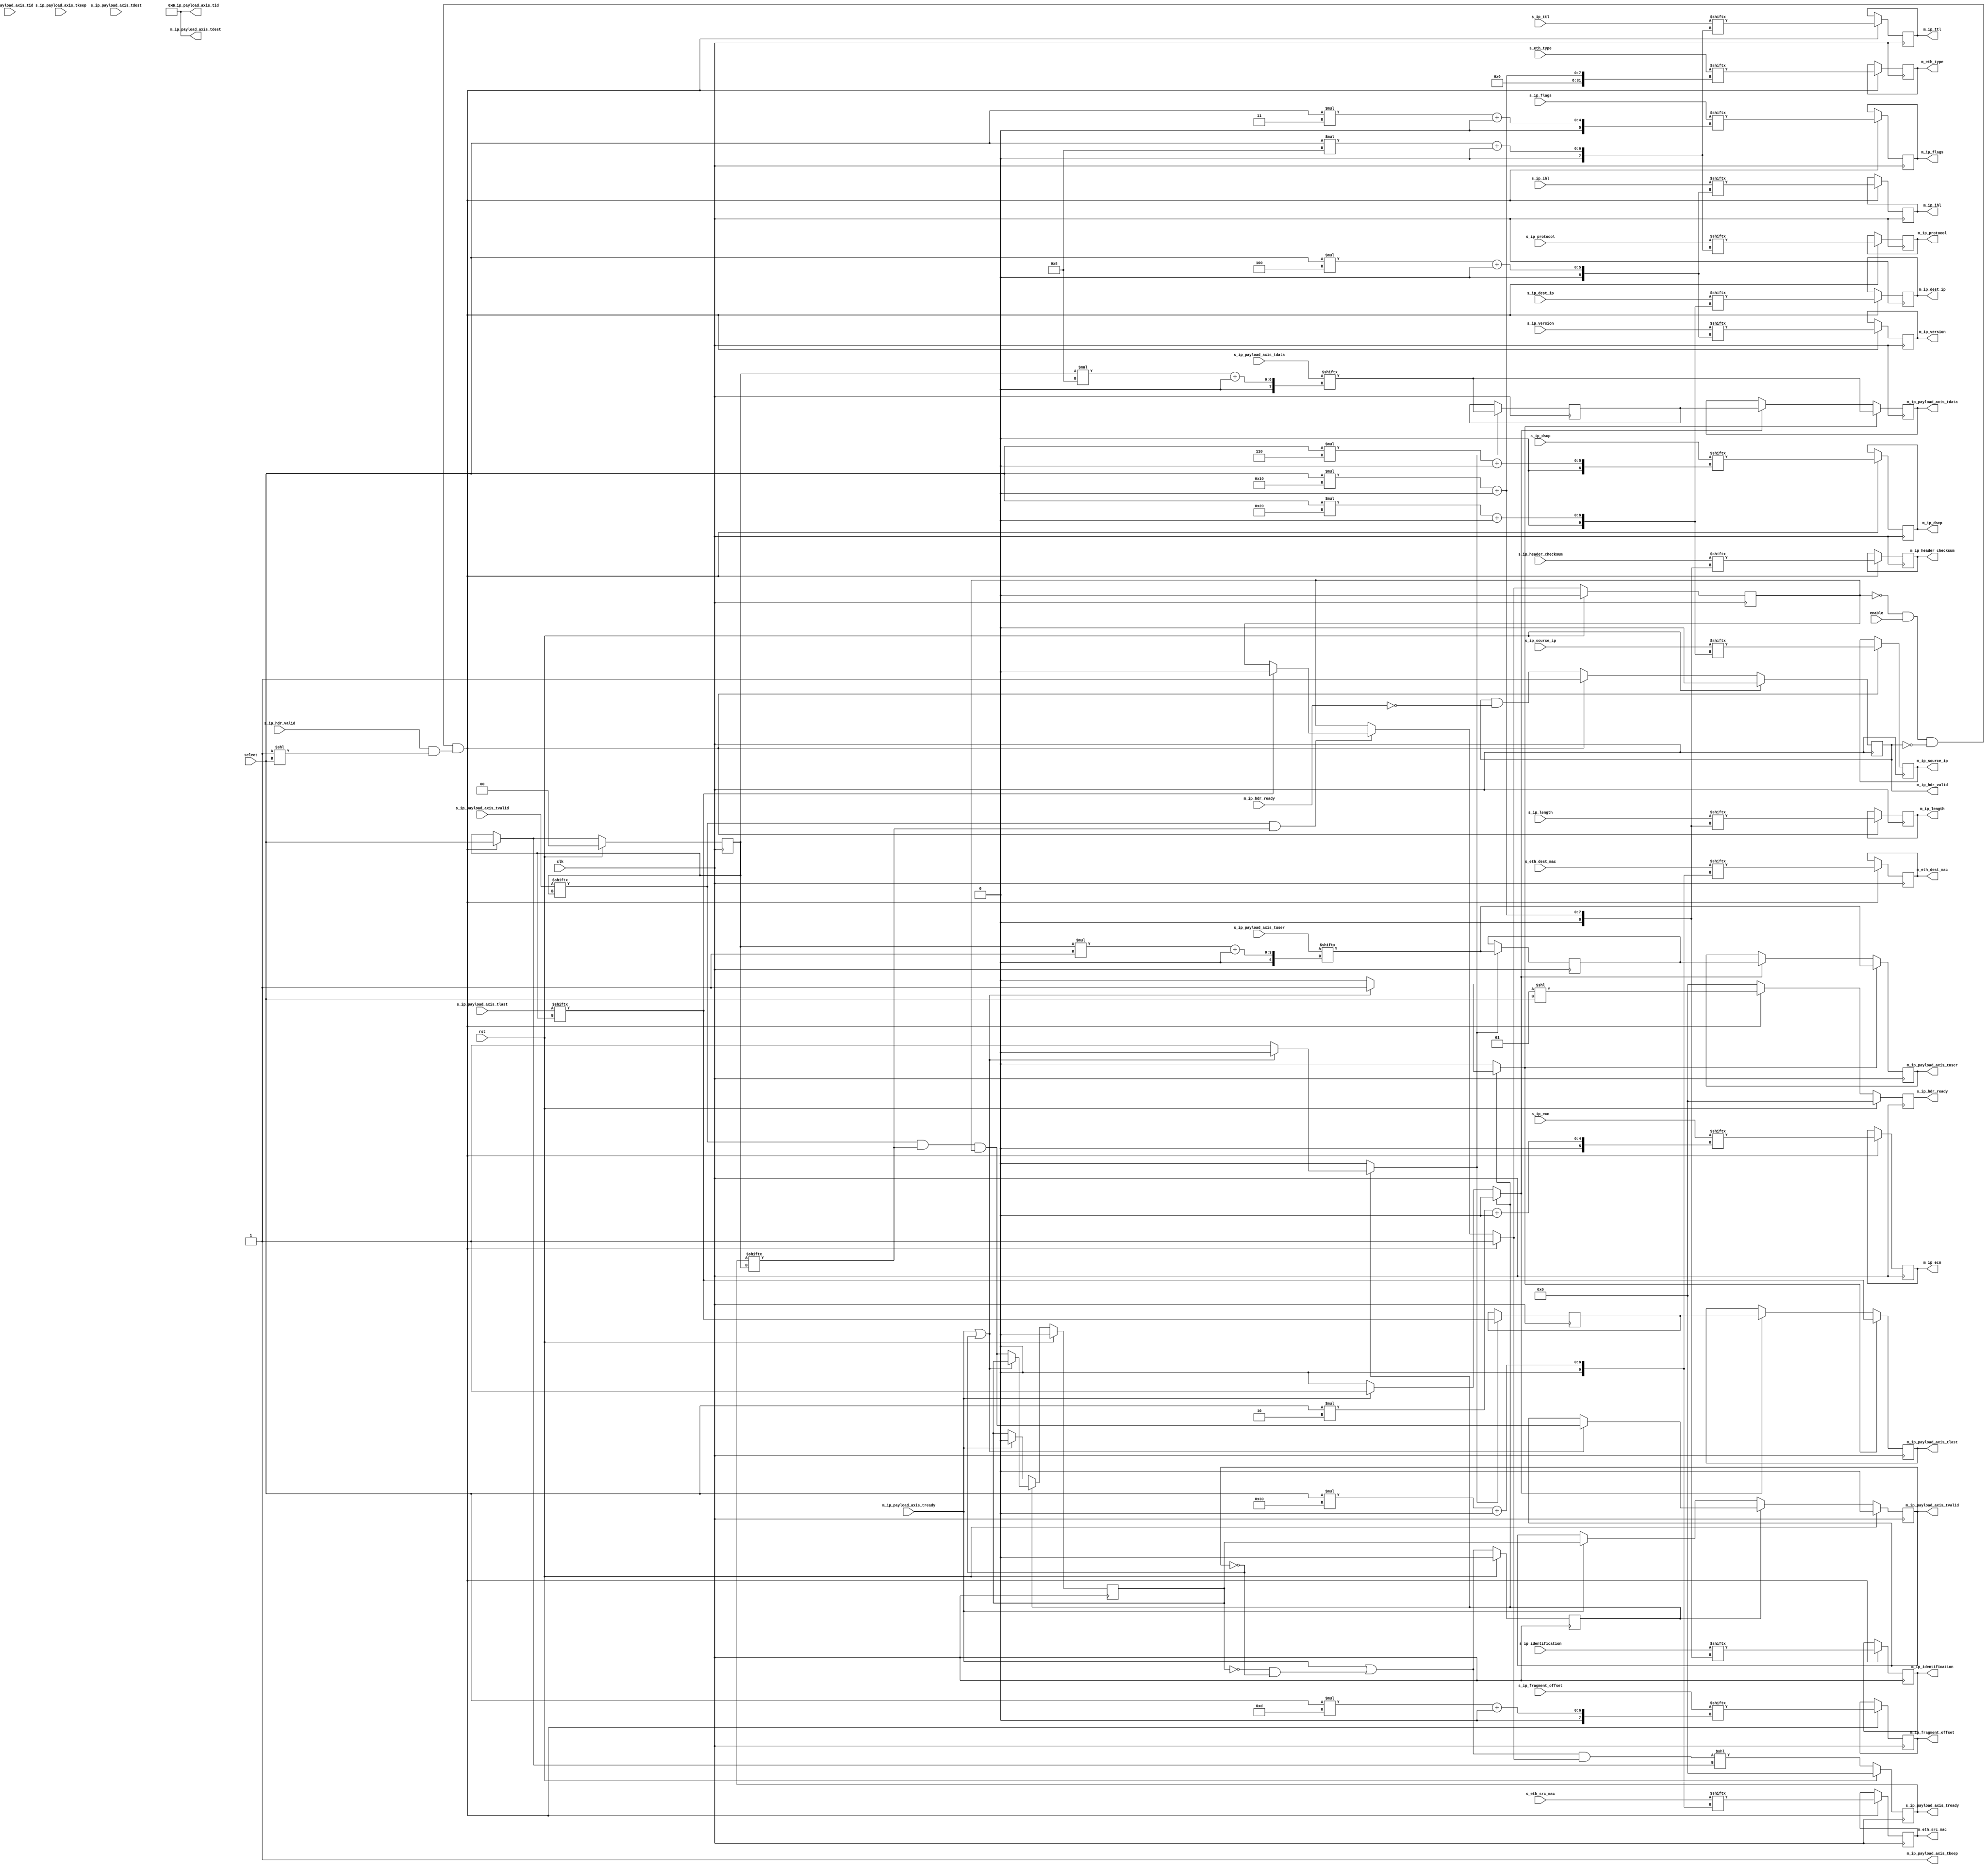
/*

Copyright (c) 2014-2018 Alex Forencich

Permission is hereby granted, free of charge, to any person obtaining a copy
of this software and associated documentation files (the "Software"), to deal
in the Software without restriction, including without limitation the rights
to use, copy, modify, merge, publish, distribute, sublicense, and/or sell
copies of the Software, and to permit persons to whom the Software is
furnished to do so, subject to the following conditions:

The above copyright notice and this permission notice shall be included in
all copies or substantial portions of the Software.

THE SOFTWARE IS PROVIDED "AS IS", WITHOUT WARRANTY OF ANY KIND, EXPRESS OR
IMPLIED, INCLUDING BUT NOT LIMITED TO THE WARRANTIES OF MERCHANTABILITY
FITNESS FOR A PARTICULAR PURPOSE AND NONINFRINGEMENT. IN NO EVENT SHALL THE
AUTHORS OR COPYRIGHT HOLDERS BE LIABLE FOR ANY CLAIM, DAMAGES OR OTHER
LIABILITY, WHETHER IN AN ACTION OF CONTRACT, TORT OR OTHERWISE, ARISING FROM,
OUT OF OR IN CONNECTION WITH THE SOFTWARE OR THE USE OR OTHER DEALINGS IN
THE SOFTWARE.

*/

// Language: Verilog 2001

`resetall
`timescale 1ns / 1ps
`default_nettype none

/*
 * IP multiplexer
 */
module ip_mux #
(
    parameter S_COUNT = 4,
    parameter DATA_WIDTH = 8,
    parameter KEEP_ENABLE = (DATA_WIDTH>8),
    parameter KEEP_WIDTH = (DATA_WIDTH/8),
    parameter ID_ENABLE = 0,
    parameter ID_WIDTH = 8,
    parameter DEST_ENABLE = 0,
    parameter DEST_WIDTH = 8,
    parameter USER_ENABLE = 1,
    parameter USER_WIDTH = 1
)
(
    input  wire                          clk,
    input  wire                          rst,

    /*
     * IP frame inputs
     */
    input  wire [S_COUNT-1:0]            s_ip_hdr_valid,
    output wire [S_COUNT-1:0]            s_ip_hdr_ready,
    input  wire [S_COUNT*48-1:0]         s_eth_dest_mac,
    input  wire [S_COUNT*48-1:0]         s_eth_src_mac,
    input  wire [S_COUNT*16-1:0]         s_eth_type,
    input  wire [S_COUNT*4-1:0]          s_ip_version,
    input  wire [S_COUNT*4-1:0]          s_ip_ihl,
    input  wire [S_COUNT*6-1:0]          s_ip_dscp,
    input  wire [S_COUNT*2-1:0]          s_ip_ecn,
    input  wire [S_COUNT*16-1:0]         s_ip_length,
    input  wire [S_COUNT*16-1:0]         s_ip_identification,
    input  wire [S_COUNT*3-1:0]          s_ip_flags,
    input  wire [S_COUNT*13-1:0]         s_ip_fragment_offset,
    input  wire [S_COUNT*8-1:0]          s_ip_ttl,
    input  wire [S_COUNT*8-1:0]          s_ip_protocol,
    input  wire [S_COUNT*16-1:0]         s_ip_header_checksum,
    input  wire [S_COUNT*32-1:0]         s_ip_source_ip,
    input  wire [S_COUNT*32-1:0]         s_ip_dest_ip,
    input  wire [S_COUNT*DATA_WIDTH-1:0] s_ip_payload_axis_tdata,
    input  wire [S_COUNT*KEEP_WIDTH-1:0] s_ip_payload_axis_tkeep,
    input  wire [S_COUNT-1:0]            s_ip_payload_axis_tvalid,
    output wire [S_COUNT-1:0]            s_ip_payload_axis_tready,
    input  wire [S_COUNT-1:0]            s_ip_payload_axis_tlast,
    input  wire [S_COUNT*ID_WIDTH-1:0]   s_ip_payload_axis_tid,
    input  wire [S_COUNT*DEST_WIDTH-1:0] s_ip_payload_axis_tdest,
    input  wire [S_COUNT*USER_WIDTH-1:0] s_ip_payload_axis_tuser,

    /*
     * IP frame output
     */
    output wire                          m_ip_hdr_valid,
    input  wire                          m_ip_hdr_ready,
    output wire [47:0]                   m_eth_dest_mac,
    output wire [47:0]                   m_eth_src_mac,
    output wire [15:0]                   m_eth_type,
    output wire [3:0]                    m_ip_version,
    output wire [3:0]                    m_ip_ihl,
    output wire [5:0]                    m_ip_dscp,
    output wire [1:0]                    m_ip_ecn,
    output wire [15:0]                   m_ip_length,
    output wire [15:0]                   m_ip_identification,
    output wire [2:0]                    m_ip_flags,
    output wire [12:0]                   m_ip_fragment_offset,
    output wire [7:0]                    m_ip_ttl,
    output wire [7:0]                    m_ip_protocol,
    output wire [15:0]                   m_ip_header_checksum,
    output wire [31:0]                   m_ip_source_ip,
    output wire [31:0]                   m_ip_dest_ip,
    output wire [DATA_WIDTH-1:0]         m_ip_payload_axis_tdata,
    output wire [KEEP_WIDTH-1:0]         m_ip_payload_axis_tkeep,
    output wire                          m_ip_payload_axis_tvalid,
    input  wire                          m_ip_payload_axis_tready,
    output wire                          m_ip_payload_axis_tlast,
    output wire [ID_WIDTH-1:0]           m_ip_payload_axis_tid,
    output wire [DEST_WIDTH-1:0]         m_ip_payload_axis_tdest,
    output wire [USER_WIDTH-1:0]         m_ip_payload_axis_tuser,

    /*
     * Control
     */
    input  wire                          enable,
    input  wire [$clog2(S_COUNT)-1:0]    select
);

parameter CL_S_COUNT = $clog2(S_COUNT);

reg [CL_S_COUNT-1:0] select_reg = 2'd0, select_next;
reg frame_reg = 1'b0, frame_next;

reg [S_COUNT-1:0] s_ip_hdr_ready_reg = 0, s_ip_hdr_ready_next;

reg [S_COUNT-1:0] s_ip_payload_axis_tready_reg = 0, s_ip_payload_axis_tready_next;

reg m_ip_hdr_valid_reg = 1'b0, m_ip_hdr_valid_next;
reg [47:0] m_eth_dest_mac_reg = 48'd0, m_eth_dest_mac_next;
reg [47:0] m_eth_src_mac_reg = 48'd0, m_eth_src_mac_next;
reg [15:0] m_eth_type_reg = 16'd0, m_eth_type_next;
reg [3:0]  m_ip_version_reg = 4'd0, m_ip_version_next;
reg [3:0]  m_ip_ihl_reg = 4'd0, m_ip_ihl_next;
reg [5:0]  m_ip_dscp_reg = 6'd0, m_ip_dscp_next;
reg [1:0]  m_ip_ecn_reg = 2'd0, m_ip_ecn_next;
reg [15:0] m_ip_length_reg = 16'd0, m_ip_length_next;
reg [15:0] m_ip_identification_reg = 16'd0, m_ip_identification_next;
reg [2:0]  m_ip_flags_reg = 3'd0, m_ip_flags_next;
reg [12:0] m_ip_fragment_offset_reg = 13'd0, m_ip_fragment_offset_next;
reg [7:0]  m_ip_ttl_reg = 8'd0, m_ip_ttl_next;
reg [7:0]  m_ip_protocol_reg = 8'd0, m_ip_protocol_next;
reg [15:0] m_ip_header_checksum_reg = 16'd0, m_ip_header_checksum_next;
reg [31:0] m_ip_source_ip_reg = 32'd0, m_ip_source_ip_next;
reg [31:0] m_ip_dest_ip_reg = 32'd0, m_ip_dest_ip_next;

// internal datapath
reg  [DATA_WIDTH-1:0] m_ip_payload_axis_tdata_int;
reg  [KEEP_WIDTH-1:0] m_ip_payload_axis_tkeep_int;
reg                   m_ip_payload_axis_tvalid_int;
reg                   m_ip_payload_axis_tready_int_reg = 1'b0;
reg                   m_ip_payload_axis_tlast_int;
reg  [ID_WIDTH-1:0]   m_ip_payload_axis_tid_int;
reg  [DEST_WIDTH-1:0] m_ip_payload_axis_tdest_int;
reg  [USER_WIDTH-1:0] m_ip_payload_axis_tuser_int;
wire                  m_ip_payload_axis_tready_int_early;

assign s_ip_hdr_ready = s_ip_hdr_ready_reg;

assign s_ip_payload_axis_tready = s_ip_payload_axis_tready_reg;

assign m_ip_hdr_valid = m_ip_hdr_valid_reg;
assign m_eth_dest_mac = m_eth_dest_mac_reg;
assign m_eth_src_mac = m_eth_src_mac_reg;
assign m_eth_type = m_eth_type_reg;
assign m_ip_version = m_ip_version_reg;
assign m_ip_ihl = m_ip_ihl_reg;
assign m_ip_dscp = m_ip_dscp_reg;
assign m_ip_ecn = m_ip_ecn_reg;
assign m_ip_length = m_ip_length_reg;
assign m_ip_identification = m_ip_identification_reg;
assign m_ip_flags = m_ip_flags_reg;
assign m_ip_fragment_offset = m_ip_fragment_offset_reg;
assign m_ip_ttl = m_ip_ttl_reg;
assign m_ip_protocol = m_ip_protocol_reg;
assign m_ip_header_checksum = m_ip_header_checksum_reg;
assign m_ip_source_ip = m_ip_source_ip_reg;
assign m_ip_dest_ip = m_ip_dest_ip_reg;

// mux for incoming packet
wire [DATA_WIDTH-1:0] current_s_tdata  = s_ip_payload_axis_tdata[select_reg*DATA_WIDTH +: DATA_WIDTH];
wire [KEEP_WIDTH-1:0] current_s_tkeep  = s_ip_payload_axis_tkeep[select_reg*KEEP_WIDTH +: KEEP_WIDTH];
wire                  current_s_tvalid = s_ip_payload_axis_tvalid[select_reg];
wire                  current_s_tready = s_ip_payload_axis_tready[select_reg];
wire                  current_s_tlast  = s_ip_payload_axis_tlast[select_reg];
wire [ID_WIDTH-1:0]   current_s_tid    = s_ip_payload_axis_tid[select_reg*ID_WIDTH +: ID_WIDTH];
wire [DEST_WIDTH-1:0] current_s_tdest  = s_ip_payload_axis_tdest[select_reg*DEST_WIDTH +: DEST_WIDTH];
wire [USER_WIDTH-1:0] current_s_tuser  = s_ip_payload_axis_tuser[select_reg*USER_WIDTH +: USER_WIDTH];

always @* begin
    select_next = select_reg;
    frame_next = frame_reg;

    s_ip_hdr_ready_next = 0;

    s_ip_payload_axis_tready_next = 0;

    m_ip_hdr_valid_next = m_ip_hdr_valid_reg && !m_ip_hdr_ready;
    m_eth_dest_mac_next = m_eth_dest_mac_reg;
    m_eth_src_mac_next = m_eth_src_mac_reg;
    m_eth_type_next = m_eth_type_reg;
    m_ip_version_next = m_ip_version_reg;
    m_ip_ihl_next = m_ip_ihl_reg;
    m_ip_dscp_next = m_ip_dscp_reg;
    m_ip_ecn_next = m_ip_ecn_reg;
    m_ip_length_next = m_ip_length_reg;
    m_ip_identification_next = m_ip_identification_reg;
    m_ip_flags_next = m_ip_flags_reg;
    m_ip_fragment_offset_next = m_ip_fragment_offset_reg;
    m_ip_ttl_next = m_ip_ttl_reg;
    m_ip_protocol_next = m_ip_protocol_reg;
    m_ip_header_checksum_next = m_ip_header_checksum_reg;
    m_ip_source_ip_next = m_ip_source_ip_reg;
    m_ip_dest_ip_next = m_ip_dest_ip_reg;

    if (current_s_tvalid & current_s_tready) begin
        // end of frame detection
        if (current_s_tlast) begin
            frame_next = 1'b0;
        end
    end

    if (!frame_reg && enable && !m_ip_hdr_valid && (s_ip_hdr_valid & (1 << select))) begin
        // start of frame, grab select value
        frame_next = 1'b1;
        select_next = select;

        s_ip_hdr_ready_next = (1 << select);

        m_ip_hdr_valid_next = 1'b1;
        m_eth_dest_mac_next = s_eth_dest_mac[select*48 +: 48];
        m_eth_src_mac_next = s_eth_src_mac[select*48 +: 48];
        m_eth_type_next = s_eth_type[select*16 +: 16];
        m_ip_version_next = s_ip_version[select*4 +: 4];
        m_ip_ihl_next = s_ip_ihl[select*4 +: 4];
        m_ip_dscp_next = s_ip_dscp[select*6 +: 6];
        m_ip_ecn_next = s_ip_ecn[select*2 +: 2];
        m_ip_length_next = s_ip_length[select*16 +: 16];
        m_ip_identification_next = s_ip_identification[select*16 +: 16];
        m_ip_flags_next = s_ip_flags[select*3 +: 3];
        m_ip_fragment_offset_next = s_ip_fragment_offset[select*13 +: 13];
        m_ip_ttl_next = s_ip_ttl[select*8 +: 8];
        m_ip_protocol_next = s_ip_protocol[select*8 +: 8];
        m_ip_header_checksum_next = s_ip_header_checksum[select*16 +: 16];
        m_ip_source_ip_next = s_ip_source_ip[select*32 +: 32];
        m_ip_dest_ip_next = s_ip_dest_ip[select*32 +: 32];
    end

    // generate ready signal on selected port
    s_ip_payload_axis_tready_next = (m_ip_payload_axis_tready_int_early && frame_next) << select_next;

    // pass through selected packet data
    m_ip_payload_axis_tdata_int  = current_s_tdata;
    m_ip_payload_axis_tkeep_int  = current_s_tkeep;
    m_ip_payload_axis_tvalid_int = current_s_tvalid && current_s_tready && frame_reg;
    m_ip_payload_axis_tlast_int  = current_s_tlast;
    m_ip_payload_axis_tid_int    = current_s_tid;
    m_ip_payload_axis_tdest_int  = current_s_tdest;
    m_ip_payload_axis_tuser_int  = current_s_tuser;
end

always @(posedge clk) begin
    if (rst) begin
        select_reg <= 0;
        frame_reg <= 1'b0;
        s_ip_hdr_ready_reg <= 0;
        s_ip_payload_axis_tready_reg <= 0;
        m_ip_hdr_valid_reg <= 1'b0;
    end else begin
        select_reg <= select_next;
        frame_reg <= frame_next;
        s_ip_hdr_ready_reg <= s_ip_hdr_ready_next;
        s_ip_payload_axis_tready_reg <= s_ip_payload_axis_tready_next;
        m_ip_hdr_valid_reg <= m_ip_hdr_valid_next;
    end

    m_eth_dest_mac_reg <= m_eth_dest_mac_next;
    m_eth_src_mac_reg <= m_eth_src_mac_next;
    m_eth_type_reg <= m_eth_type_next;
    m_ip_version_reg <= m_ip_version_next;
    m_ip_ihl_reg <= m_ip_ihl_next;
    m_ip_dscp_reg <= m_ip_dscp_next;
    m_ip_ecn_reg <= m_ip_ecn_next;
    m_ip_length_reg <= m_ip_length_next;
    m_ip_identification_reg <= m_ip_identification_next;
    m_ip_flags_reg <= m_ip_flags_next;
    m_ip_fragment_offset_reg <= m_ip_fragment_offset_next;
    m_ip_ttl_reg <= m_ip_ttl_next;
    m_ip_protocol_reg <= m_ip_protocol_next;
    m_ip_header_checksum_reg <= m_ip_header_checksum_next;
    m_ip_source_ip_reg <= m_ip_source_ip_next;
    m_ip_dest_ip_reg <= m_ip_dest_ip_next;
end

// output datapath logic
reg [DATA_WIDTH-1:0] m_ip_payload_axis_tdata_reg  = {DATA_WIDTH{1'b0}};
reg [KEEP_WIDTH-1:0] m_ip_payload_axis_tkeep_reg  = {KEEP_WIDTH{1'b0}};
reg                  m_ip_payload_axis_tvalid_reg = 1'b0, m_ip_payload_axis_tvalid_next;
reg                  m_ip_payload_axis_tlast_reg  = 1'b0;
reg [ID_WIDTH-1:0]   m_ip_payload_axis_tid_reg    = {ID_WIDTH{1'b0}};
reg [DEST_WIDTH-1:0] m_ip_payload_axis_tdest_reg  = {DEST_WIDTH{1'b0}};
reg [USER_WIDTH-1:0] m_ip_payload_axis_tuser_reg  = {USER_WIDTH{1'b0}};

reg [DATA_WIDTH-1:0] temp_m_ip_payload_axis_tdata_reg  = {DATA_WIDTH{1'b0}};
reg [KEEP_WIDTH-1:0] temp_m_ip_payload_axis_tkeep_reg  = {KEEP_WIDTH{1'b0}};
reg                  temp_m_ip_payload_axis_tvalid_reg = 1'b0, temp_m_ip_payload_axis_tvalid_next;
reg                  temp_m_ip_payload_axis_tlast_reg  = 1'b0;
reg [ID_WIDTH-1:0]   temp_m_ip_payload_axis_tid_reg    = {ID_WIDTH{1'b0}};
reg [DEST_WIDTH-1:0] temp_m_ip_payload_axis_tdest_reg  = {DEST_WIDTH{1'b0}};
reg [USER_WIDTH-1:0] temp_m_ip_payload_axis_tuser_reg  = {USER_WIDTH{1'b0}};

// datapath control
reg store_axis_int_to_output;
reg store_axis_int_to_temp;
reg store_axis_temp_to_output;

assign m_ip_payload_axis_tdata  = m_ip_payload_axis_tdata_reg;
assign m_ip_payload_axis_tkeep  = KEEP_ENABLE ? m_ip_payload_axis_tkeep_reg : {KEEP_WIDTH{1'b1}};
assign m_ip_payload_axis_tvalid = m_ip_payload_axis_tvalid_reg;
assign m_ip_payload_axis_tlast  = m_ip_payload_axis_tlast_reg;
assign m_ip_payload_axis_tid    = ID_ENABLE   ? m_ip_payload_axis_tid_reg   : {ID_WIDTH{1'b0}};
assign m_ip_payload_axis_tdest  = DEST_ENABLE ? m_ip_payload_axis_tdest_reg : {DEST_WIDTH{1'b0}};
assign m_ip_payload_axis_tuser  = USER_ENABLE ? m_ip_payload_axis_tuser_reg : {USER_WIDTH{1'b0}};

// enable ready input next cycle if output is ready or if both output registers are empty
assign m_ip_payload_axis_tready_int_early = m_ip_payload_axis_tready || (!temp_m_ip_payload_axis_tvalid_reg && !m_ip_payload_axis_tvalid_reg);

always @* begin
    // transfer sink ready state to source
    m_ip_payload_axis_tvalid_next = m_ip_payload_axis_tvalid_reg;
    temp_m_ip_payload_axis_tvalid_next = temp_m_ip_payload_axis_tvalid_reg;

    store_axis_int_to_output = 1'b0;
    store_axis_int_to_temp = 1'b0;
    store_axis_temp_to_output = 1'b0;

    if (m_ip_payload_axis_tready_int_reg) begin
        // input is ready
        if (m_ip_payload_axis_tready || !m_ip_payload_axis_tvalid_reg) begin
            // output is ready or currently not valid, transfer data to output
            m_ip_payload_axis_tvalid_next = m_ip_payload_axis_tvalid_int;
            store_axis_int_to_output = 1'b1;
        end else begin
            // output is not ready, store input in temp
            temp_m_ip_payload_axis_tvalid_next = m_ip_payload_axis_tvalid_int;
            store_axis_int_to_temp = 1'b1;
        end
    end else if (m_ip_payload_axis_tready) begin
        // input is not ready, but output is ready
        m_ip_payload_axis_tvalid_next = temp_m_ip_payload_axis_tvalid_reg;
        temp_m_ip_payload_axis_tvalid_next = 1'b0;
        store_axis_temp_to_output = 1'b1;
    end
end

always @(posedge clk) begin
    m_ip_payload_axis_tvalid_reg <= m_ip_payload_axis_tvalid_next;
    m_ip_payload_axis_tready_int_reg <= m_ip_payload_axis_tready_int_early;
    temp_m_ip_payload_axis_tvalid_reg <= temp_m_ip_payload_axis_tvalid_next;

    // datapath
    if (store_axis_int_to_output) begin
        m_ip_payload_axis_tdata_reg <= m_ip_payload_axis_tdata_int;
        m_ip_payload_axis_tkeep_reg <= m_ip_payload_axis_tkeep_int;
        m_ip_payload_axis_tlast_reg <= m_ip_payload_axis_tlast_int;
        m_ip_payload_axis_tid_reg   <= m_ip_payload_axis_tid_int;
        m_ip_payload_axis_tdest_reg <= m_ip_payload_axis_tdest_int;
        m_ip_payload_axis_tuser_reg <= m_ip_payload_axis_tuser_int;
    end else if (store_axis_temp_to_output) begin
        m_ip_payload_axis_tdata_reg <= temp_m_ip_payload_axis_tdata_reg;
        m_ip_payload_axis_tkeep_reg <= temp_m_ip_payload_axis_tkeep_reg;
        m_ip_payload_axis_tlast_reg <= temp_m_ip_payload_axis_tlast_reg;
        m_ip_payload_axis_tid_reg   <= temp_m_ip_payload_axis_tid_reg;
        m_ip_payload_axis_tdest_reg <= temp_m_ip_payload_axis_tdest_reg;
        m_ip_payload_axis_tuser_reg <= temp_m_ip_payload_axis_tuser_reg;
    end

    if (store_axis_int_to_temp) begin
        temp_m_ip_payload_axis_tdata_reg <= m_ip_payload_axis_tdata_int;
        temp_m_ip_payload_axis_tkeep_reg <= m_ip_payload_axis_tkeep_int;
        temp_m_ip_payload_axis_tlast_reg <= m_ip_payload_axis_tlast_int;
        temp_m_ip_payload_axis_tid_reg   <= m_ip_payload_axis_tid_int;
        temp_m_ip_payload_axis_tdest_reg <= m_ip_payload_axis_tdest_int;
        temp_m_ip_payload_axis_tuser_reg <= m_ip_payload_axis_tuser_int;
    end

    if (rst) begin
        m_ip_payload_axis_tvalid_reg <= 1'b0;
        m_ip_payload_axis_tready_int_reg <= 1'b0;
        temp_m_ip_payload_axis_tvalid_reg <= 1'b0;
    end
end

endmodule

`resetall